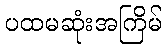
ပထမဆုံးအကြိမ်